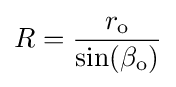
R={\frac {r_{\mathrm {o} }}{\sin(\beta _{\mathrm {o} })}}